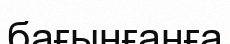
бағынғанға